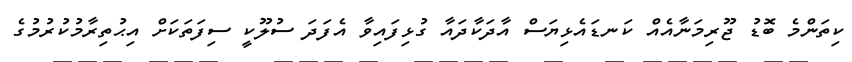
ކިތަންމެ ބޮޑު ޖޫރިމަނާއެއް ކަނޑައެޅިޔަސް އާދަކާދައާ ގުޅިފައިވާ އެފަދަ ސުލޫކީ ސިފަތަކަށް އިޙުތިރާމުކުރުމުގެ